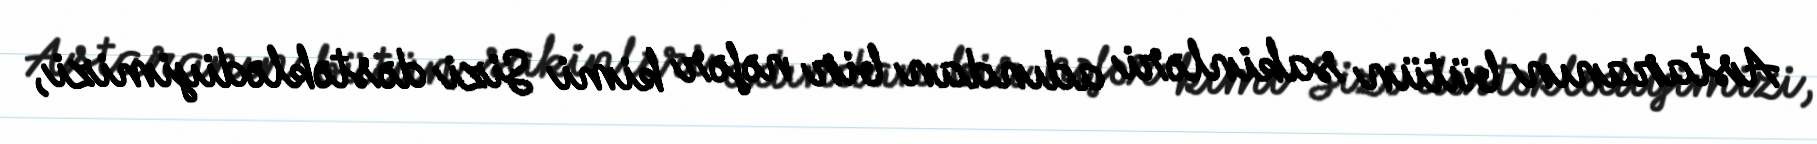
Astaranın bütün sakinləri adından bir nəfər kimi Sizi dəstəklədiyimizi,